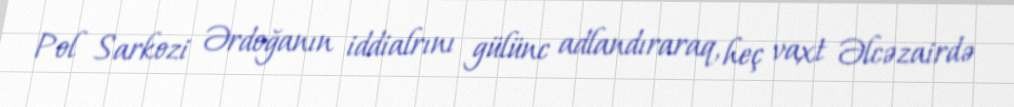
Pol Sarkozi Ərdoğanın iddialrını gülünc adlandıraraq, heç vaxt Əlcəzairdə